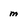
Character: m